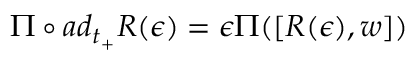
\Pi \circ a d _ { t _ { + } } R ( \epsilon ) = \epsilon \Pi ( [ R ( \epsilon ) , w ] )